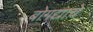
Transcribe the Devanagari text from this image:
बोगद्याचे